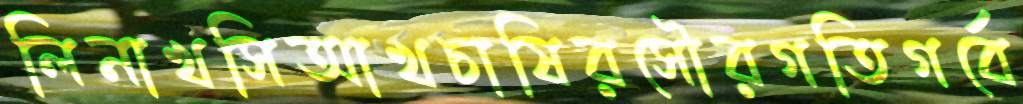
লিনাখসিআখচাষিরসৌরগতিগর্বে